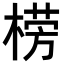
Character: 𣗦